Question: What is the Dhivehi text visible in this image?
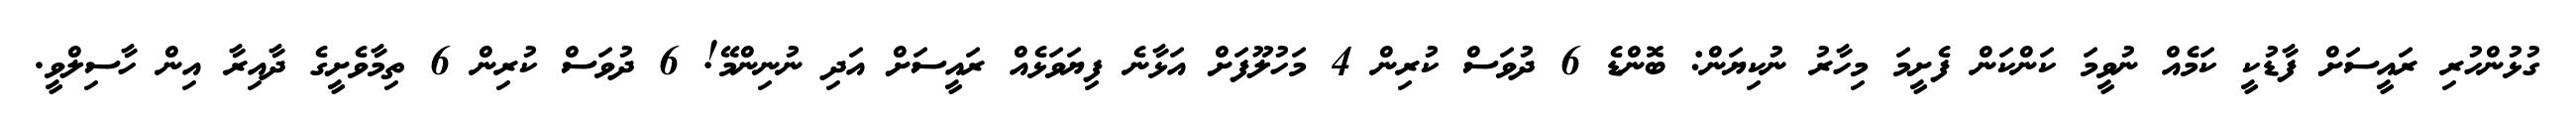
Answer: ގުޅުންހުރި ރައީސަށް ފާޑުކީ ކަމެއް ނުވީމަ ކަންކަން ފެށީމަ މިހާރު ނުކިޔަން: ބޮންޑެ 6 ދުވަސް ކުރިން 4 މަހުލޫފަށް އަޅާނެ ފިޔަވަޅެއް ރައީސަށް އަދި ނުނިންމޭ! 6 ދުވަސް ކުރިން 6 ތިމާވެށީގެ ދާއިރާ އިން ހާސިލްވީ.